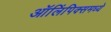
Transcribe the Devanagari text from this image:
ऑलिंपिक्समध्ये